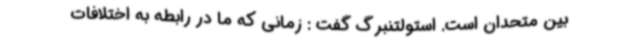
بین متحدان است. استولتنبرگ گفت : زمانی که ما در رابطه به اختلافات